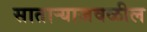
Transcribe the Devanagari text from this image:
सातार्‍याजवळील